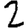
Digit: 2